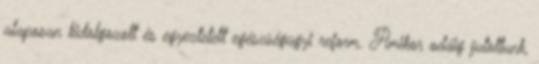
alaposan kidolgozott és egyeztetett egészségügyi reform. Amikor odáig jutottunk,